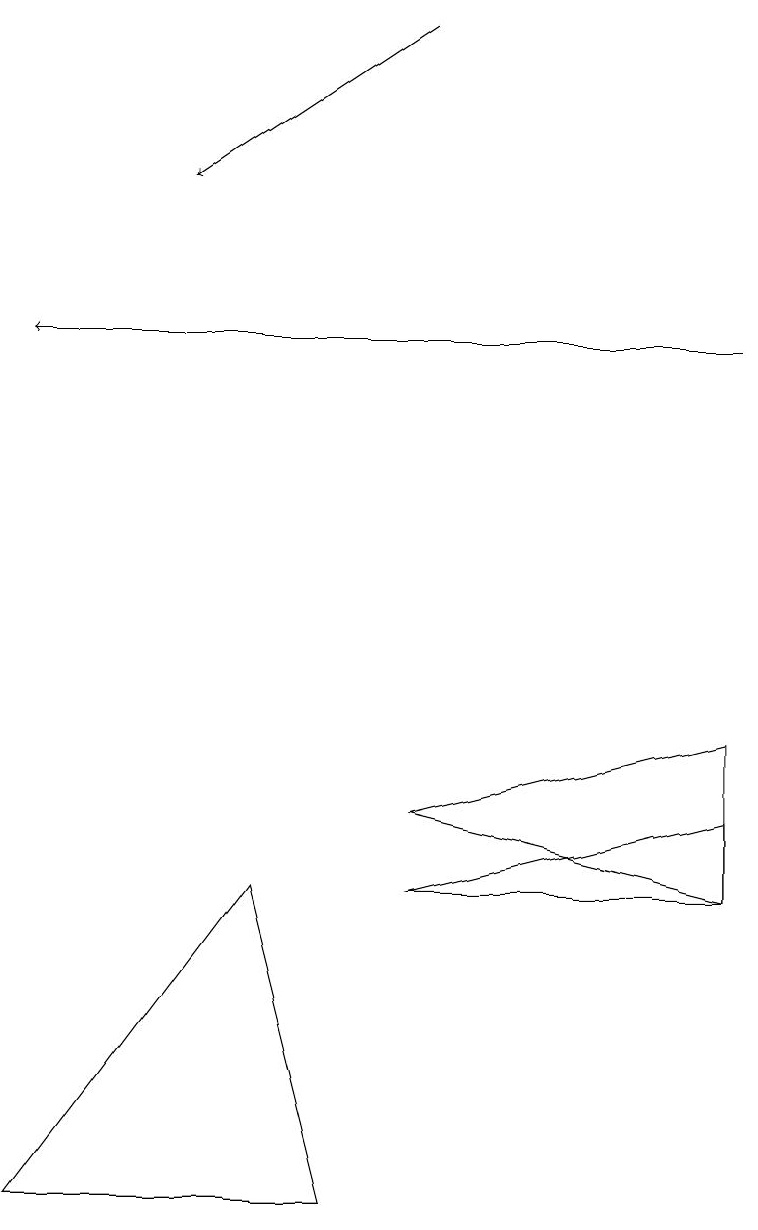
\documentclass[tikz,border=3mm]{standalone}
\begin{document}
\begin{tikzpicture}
\draw[->] (5,18) -- (2,16);
\draw (5,8) -- (9,7) -- (9,9) -- cycle;
\draw[->] (9,14) -- (0,14);
\draw (5,7) -- (9,8) -- (9,7) -- cycle;
\draw (3,7) -- (0,3) -- (4,3) -- cycle;
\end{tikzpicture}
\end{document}